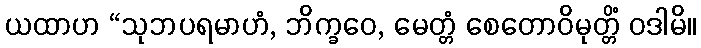
ယထာဟ “သုဘပရမာဟံ, ဘိက္ခဝေ, မေတ္တံ စေတောဝိမုတ္တိံ ဝဒါမိ။